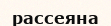
рассеяна